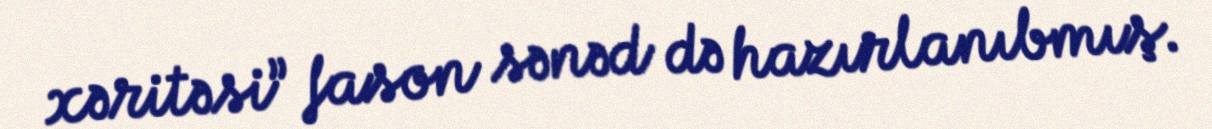
xəritəsi” fason sənəd də hazırlanıbmış.